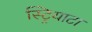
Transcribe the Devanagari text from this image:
स्ट्रियाटा